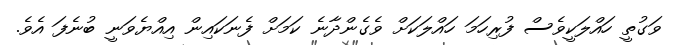
ވަގުތީ ހައްލަކީވެސް ފުރިހަމަ ހައްލަކަށް ވެގެންދާނެ ކަމަށް ފެނަކައިން އިއްޔެވަނީ ބުނެފަ އެވެ.